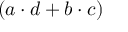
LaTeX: ( a \cdot d + b \cdot c )